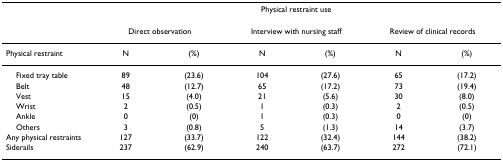
<table><thead><tr><td></td><td colspan="6"><b>Physical restraint use</b></td></tr></thead><tbody><tr><td></td><td colspan="2">Direct observation</td><td colspan="2">Interview with nursing staff</td><td colspan="2">Review of clinical records</td></tr><tr><td>Physical restraint</td><td>N</td><td>(%)</td><td>N</td><td>(%)</td><td>N</td><td>(%)</td></tr><tr><td> Fixed tray table</td><td>89</td><td>(23.6)</td><td>104</td><td>(27.6)</td><td>65</td><td>(17.2)</td></tr><tr><td> Belt</td><td>48</td><td>(12.7)</td><td>65</td><td>(17.2)</td><td>73</td><td>(19.4)</td></tr><tr><td> Vest</td><td>15</td><td>(4.0)</td><td>21</td><td>(5.6)</td><td>30</td><td>(8.0)</td></tr><tr><td> Wrist</td><td>2</td><td>(0.5)</td><td>1</td><td>(0.3)</td><td>2</td><td>(0.5)</td></tr><tr><td> Ankle</td><td>0</td><td>(0)</td><td>1</td><td>(0.3)</td><td>0</td><td>(0)</td></tr><tr><td> Others</td><td>3</td><td>(0.8)</td><td>5</td><td>(1.3)</td><td>14</td><td>(3.7)</td></tr><tr><td>Any physical restraints</td><td>127</td><td>(33.7)</td><td>122</td><td>(32.4)</td><td>144</td><td>(38.2)</td></tr><tr><td>Siderails</td><td>237</td><td>(62.9)</td><td>240</td><td>(63.7)</td><td>272</td><td>(72.1)</td></tr></tbody></table>